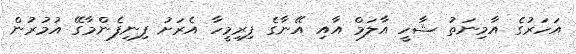
އަހަރުގެ އާމިނަތު ޝާހީ އާލަމް އާއި އޭނާގެ ފިރިމީހާ އެރަށު ފިނިފެންމާގޭ އުމުރުން